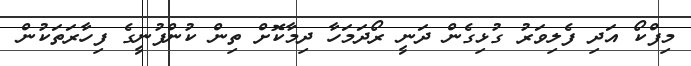
މިފްކޯ އަދި ފެލިވަރު ގުޅިގެން ދަނީ ރޯދަމަހާ ދިމާކޮށް ތިން ކުންފުނީގެ ފިހާރަތަކުން